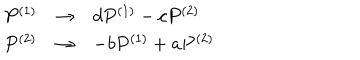
\begin{array} { r c l } { { P ^ { ( 1 ) } } } & { { \rightarrow } } & { { d P ^ { ( 1 ) } - c P ^ { ( 2 ) } } } \\ { { P ^ { ( 2 ) } } } & { { \rightarrow } } & { { - b P ^ { ( 1 ) } + a P ^ { ( 2 ) } } } \\ \end{array}